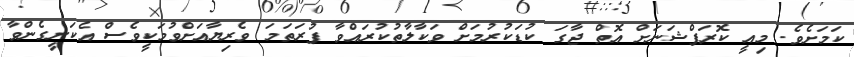
ކަމަށެވެ. މިއީ ކޮރަޕްޝަނަށް އޮތް ޖާގަ ކުޑަކުރުމަށް ވަކާލާތުކުރައްވާ ފުރަތަމަ ވެރިޔާއަށްވުމަކީވެސް އެކަށީގެންވާ